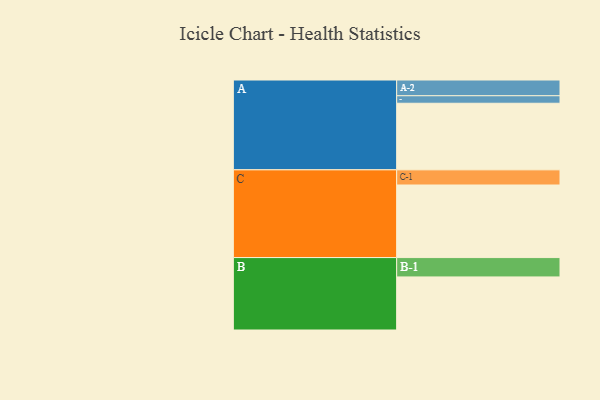
{"axis": {"x": "Segment", "y": "Value"}, "legend": ["", "A", "B", "C"], "data": [{"x": "A", "y": 478, "type": ""}, {"x": "B", "y": 381, "type": ""}, {"x": "C", "y": 521, "type": ""}, {"x": "A-1", "y": 54, "type": "A"}, {"x": "A-2", "y": 113, "type": "A"}, {"x": "B-1", "y": 139, "type": "B"}, {"x": "C-1", "y": 109, "type": "C"}]}